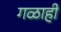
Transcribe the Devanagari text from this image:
गळाही